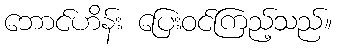
ဘောင်ဟိန်း ပြေးဝင်ကြည့်သည်။